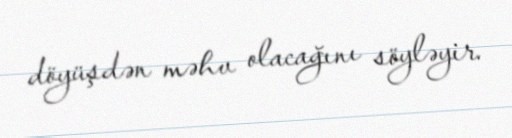
döyüşdən məhv olacağını söyləyir.